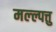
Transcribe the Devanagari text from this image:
मल्ल्पत्तु